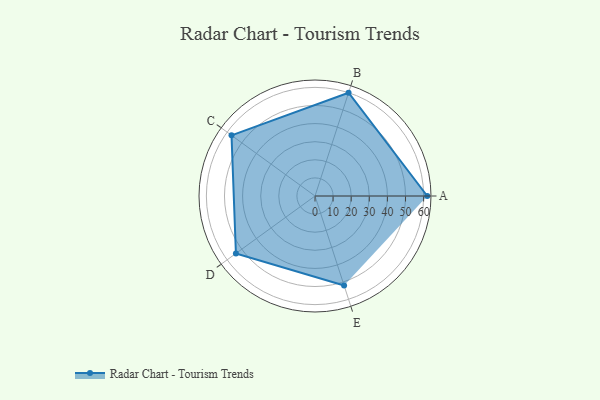
{"axis": {"x": "Skill", "y": "Score"}, "legend": ["Profile"], "data": [{"x": "A", "y": 62.0, "type": "Profile"}, {"x": "B", "y": 60.0, "type": "Profile"}, {"x": "C", "y": 57.0, "type": "Profile"}, {"x": "D", "y": 54.0, "type": "Profile"}, {"x": "E", "y": 52.0, "type": "Profile"}]}